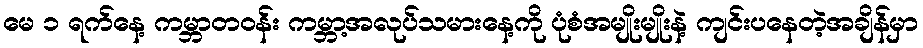
မေ ၁ ရက်နေ့ ကမ္ဘာတဝန်း ကမ္ဘာ့အလုပ်သမားနေ့ကို ပုံစံအမျိုးမျိုးနဲ့ ကျင်းပနေတဲ့အချိန်မှာ